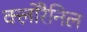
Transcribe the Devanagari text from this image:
क्लोरैनिल